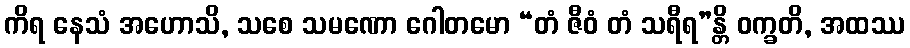
ကိရ နေသံ အဟောသိ, သစေ သမဏော ဂေါတမော “တံ ဇီဝံ တံ သရီရ”န္တိ ဝက္ခတိ, အထဿ